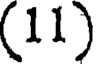
(11)